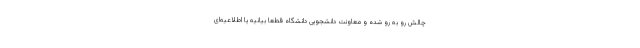
چالش رو به رو شده و معاونت دانشجویی دانشگاه قطعا بیانیه یا اطلاعیه‌ای